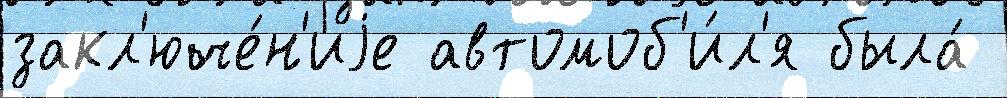
закл'юче́н'иjе автомоб'и́л'я была́